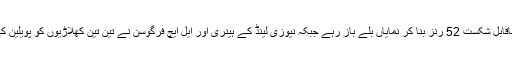
سری لنکن ٹیم نیوزی لینڈ کے خلاف 136 رنز پر ڈھیر ہوگئی جبکہ کپتان کرو نارتنے ناقابل شکست 52 رنز بنا کر نمایاں بلے باز رہے جبکہ نیوزی لینڈ کے ہینری اور ایل ایچ فرگوسن نے تین تین کھلاڑیوں کو پویلین کی راہ دکھائی جبکہ بولٹ، گرانڈ ہوم، نیشہم اور سانٹنر نے ایک ایک کھلاڑی کو آؤٹ کیا۔